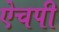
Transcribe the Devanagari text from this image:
ऐचपी